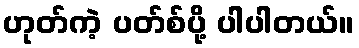
ဟုတ်ကဲ့ ပတ်စ်ပို့ ပါပါတယ်။